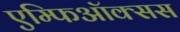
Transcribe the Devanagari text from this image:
एम्फिऑक्सस